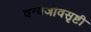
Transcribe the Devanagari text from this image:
वन्यजीवसृष्टी